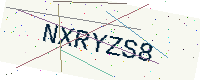
Text: NXRYZS8